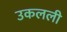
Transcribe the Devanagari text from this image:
उकलली